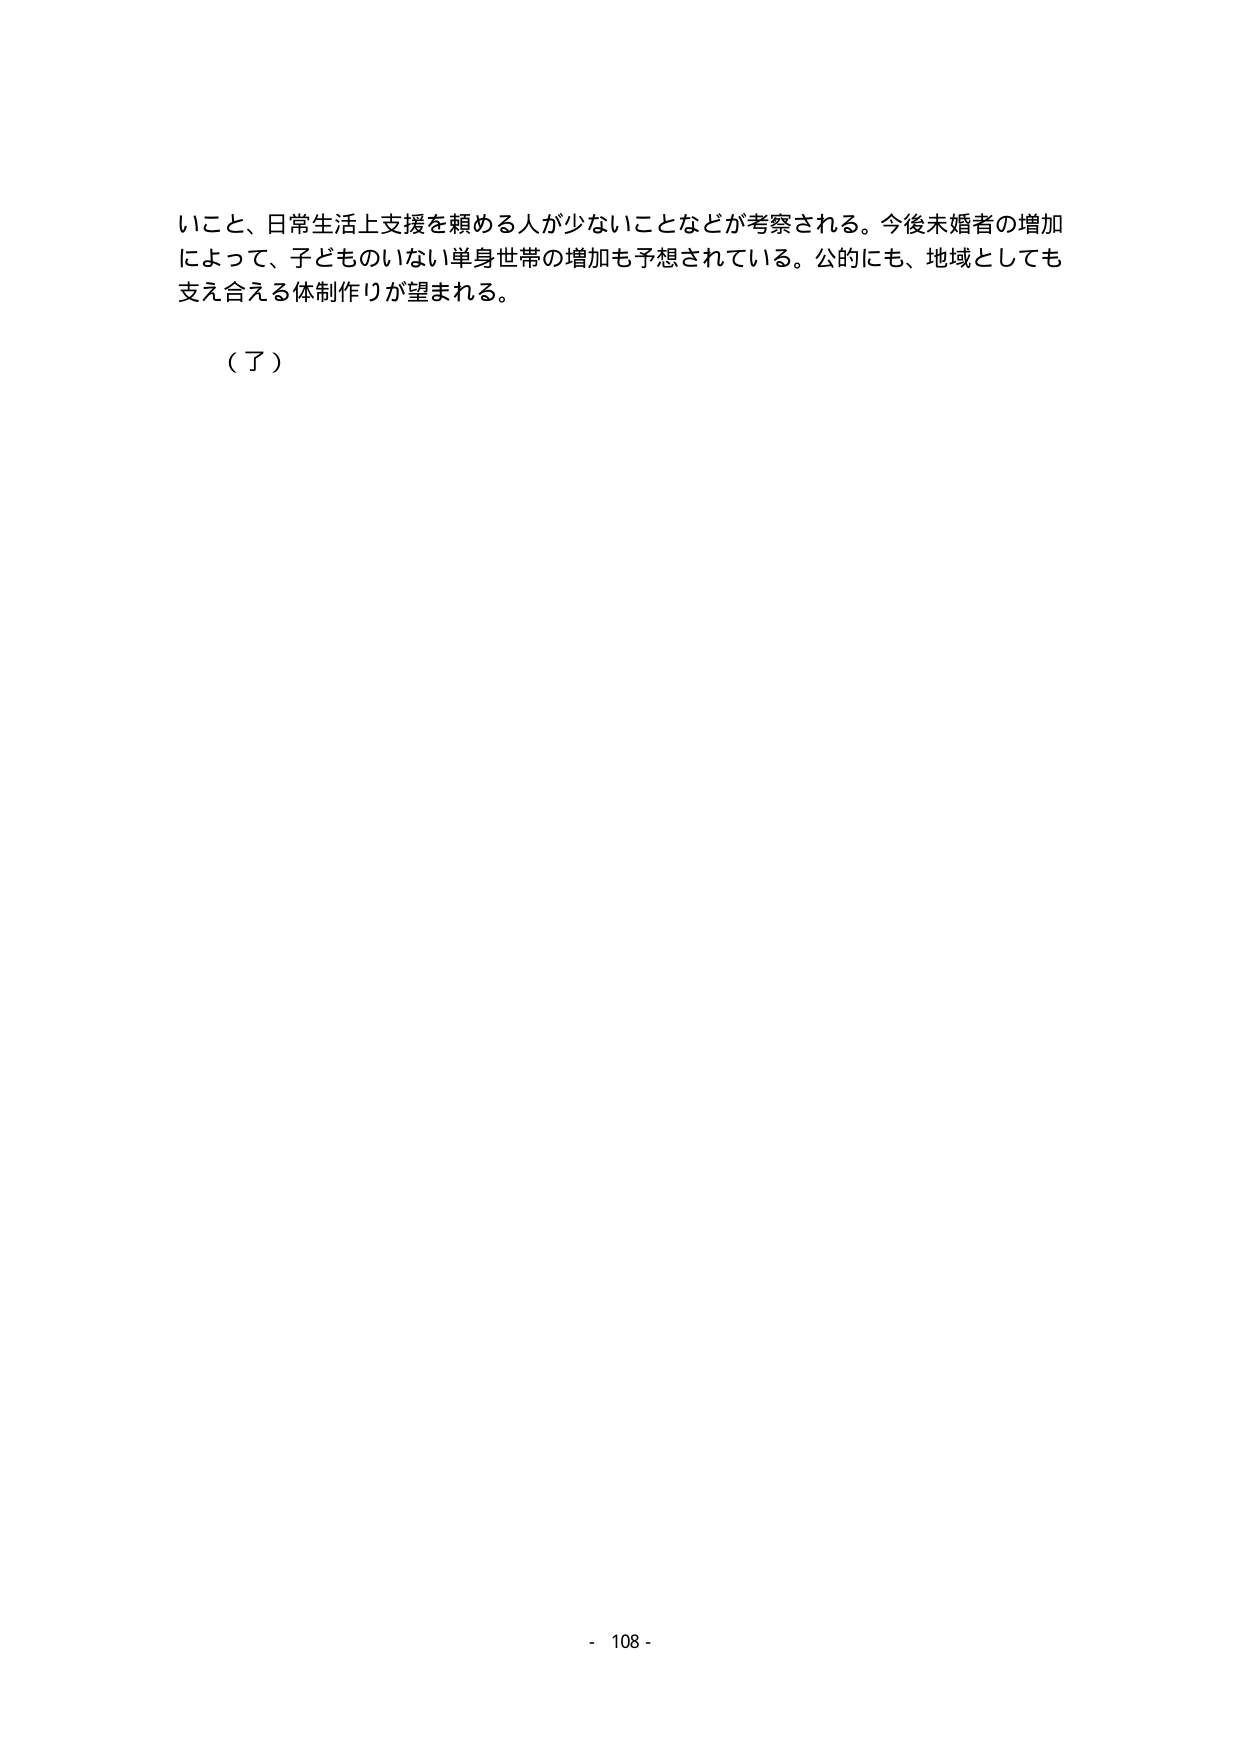
いこと、日常生活上支援を頼める人が少ないことなどが考察される。今後未婚者の増加によって、子どものいない単身世帯の増加も予想されている。公的にも、地域としても支え合える体制作りが望まれる。

（了）

- 108 -